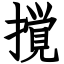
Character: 撹